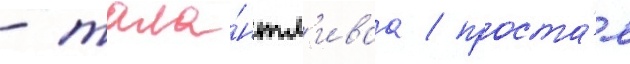
- тала́нтл'иваа / проста́я